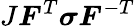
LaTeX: J{\boldsymbol{F}}^{T}{\boldsymbol{\sigma}}{\boldsymbol{F}}^{-T}